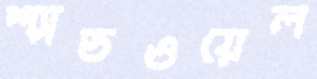
শ্যাডওয়েল